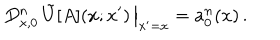
\left. D _ { x , 0 } ^ { n } \, \tilde { U } [ A ] ( x ; x ^ { \prime } ) \, \right\vert _ { x ^ { \prime } = x } = a _ { 0 } ^ { n } ( x ) \, .